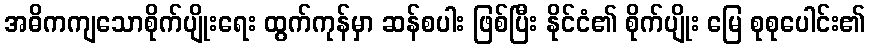
အဓိကကျသောစိုက်ပျိုးရေး ထွက်ကုန်မှာ ဆန်စပါး ဖြစ်ပြီး နိုင်ငံ၏ စိုက်ပျိုး မြေ စုစုပေါင်း၏